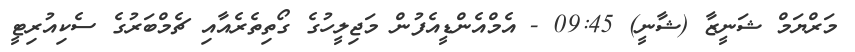
މަރްޔަމް ޝަނީޒާ (ޝާނީ) 09:45 - އެމްއެންޑީއެފުން މަޖިލީހުގެ ގޯތިތެރެއާއި ޗެމްބަރުގެ ސެކިއުރިޓީ